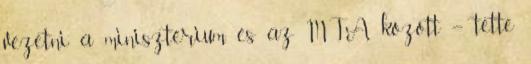
vezetni a minisztérium és az MTA között – tette